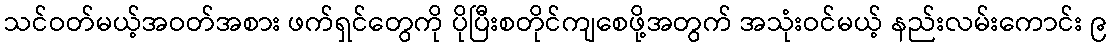
သင်ဝတ်မယ့်အဝတ်အစား ဖက်ရှင်တွေကို ပိုပြီးစတိုင်ကျစေဖို့အတွက် အသုံးဝင်မယ့် နည်းလမ်းကောင်း ၉